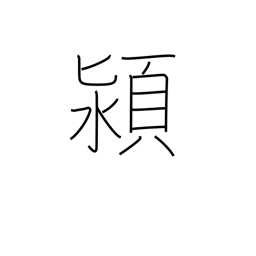
Meaning: name of a Chinese river